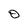
Character: 0